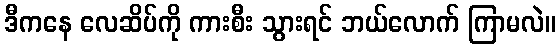
ဒီကနေ လေဆိပ်ကို ကားစီး သွားရင် ဘယ်လောက် ကြာမလဲ။